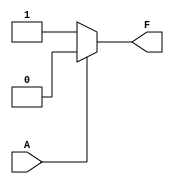
module single_variable_kmap (
    input wire A,    // Input variable
    output wire F    // Output variable
);

// K-map values for the single variable
// You can configure these values based on your requirements
// For example:
// assign F = (A == 0) ? F0 : F1;
// Where F0 and F1 are constants set according to your K-map configuration

// Let's define F(0) = 1 and F(1) = 0 for this example
// Change these values as needed
parameter F0 = 1'b1; // Output when A = 0
parameter F1 = 1'b0; // Output when A = 1

// Combinational logic based on K-map
assign F = (A == 1'b0) ? F0 : F1;

endmodule